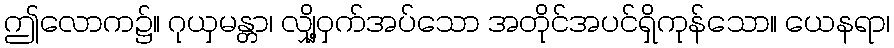
ဤလောက၌။ ဂုယှမန္တာ၊ လျှို့ဝှက်အပ်သော အတိုင်အပင်ရှိကုန်သော။ ယေနရာ၊